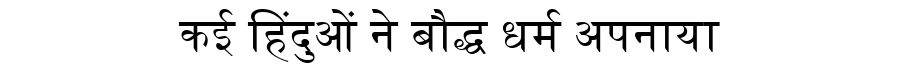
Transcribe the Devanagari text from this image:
कई हिंदुओं ने बौद्ध धर्म अपनाया